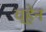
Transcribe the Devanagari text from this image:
च्हेन